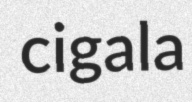
cigala